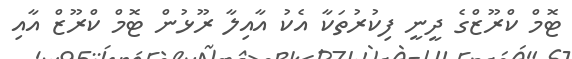
ޓޮމް ކްރޫޒްގެ ދީނީ ފިކުރުތަކާ އެކު އާއިލާ ރޫޅުން ޓޮމް ކްރޫޒް އާއި